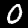
Label: 0